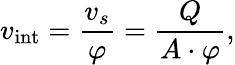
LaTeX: v_{\mathrm{int}}=\frac{v_{s}}{\varphi}=\frac{Q}{A\cdot\varphi},